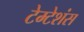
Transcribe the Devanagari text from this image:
टेम्टेशंस